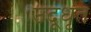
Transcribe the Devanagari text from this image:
उदूधृत